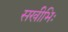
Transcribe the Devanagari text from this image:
सखीभिः